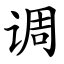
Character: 调